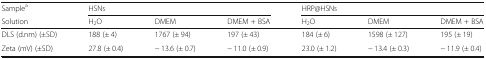
<table><thead><tr><td><b>Sample<sup>a</sup></b></td><td colspan="3"><b>HSNs</b></td><td colspan="3"><b>HRP@HSNs</b></td></tr><tr><td><b>Solution</b></td><td><b>H<sub>2</sub>O</b></td><td><b>DMEM</b></td><td><b>DMEM + BSA</b></td><td><b>H<sub>2</sub>O</b></td><td><b>DMEM</b></td><td><b>DMEM + BSA</b></td></tr></thead><tbody><tr><td>DLS (d.nm) (±SD)</td><td>188 (± 4)</td><td>1767 (± 94)</td><td>197 (± 43)</td><td>184 (± 6)</td><td>1598 (± 127)</td><td>195 (± 19)</td></tr><tr><td>Zeta (mV) (±SD)</td><td>27.8 (± 0.4)</td><td>− 13.6 (± 0.7)</td><td>− 11.0 (± 0.9)</td><td>23.0 (± 1.2)</td><td>− 13.4 (± 0.3)</td><td>− 11.9 (± 0.4)</td></tr></tbody></table>